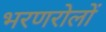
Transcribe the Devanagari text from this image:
भरणरोलों